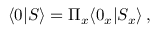
\langle 0 | S \rangle = \Pi _ { x } \langle 0 _ { x } | S _ { x } \rangle \, ,